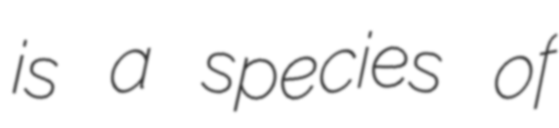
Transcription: is a species of